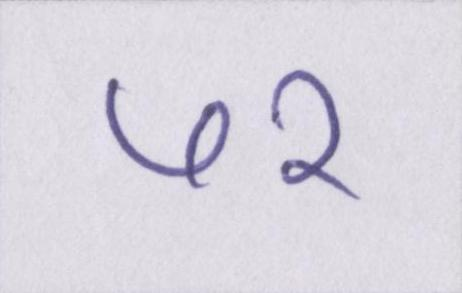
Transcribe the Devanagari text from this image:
७२